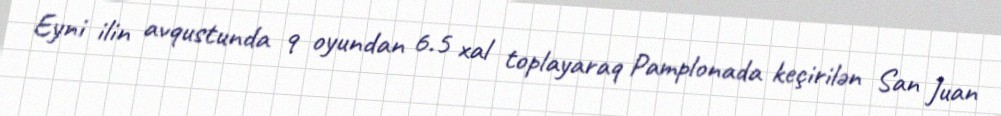
Eyni ilin avqustunda 9 oyundan 6.5 xal toplayaraq Pamplonada keçirilən San Juan